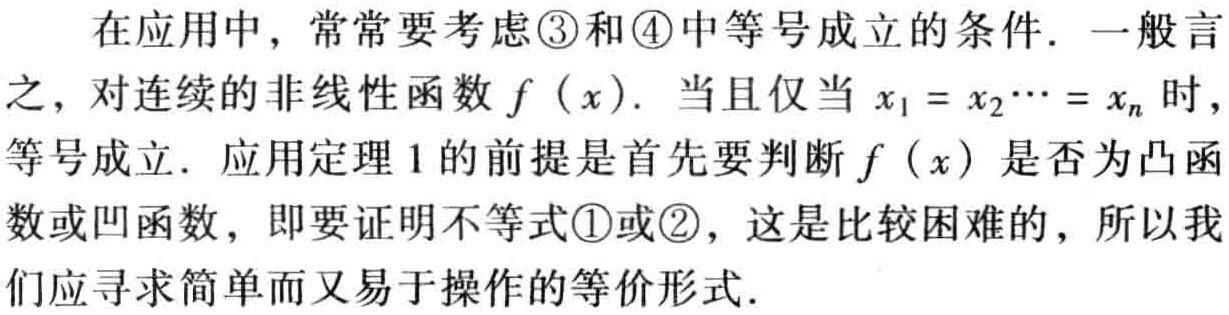
在应用中，常常要考虑\textcircled{3}和\textcircled{4}中等号成立的条件. 一般言之，对连续的非线性函数\(f(x)\). 当且仅当\(x_1 = x_2\cdots = x_n\)时，等号成立. 应用定理1的前提是首先要判断\(f(x)\)是否为凸函数或凹函数，即要证明不等式\textcircled{1}或\textcircled{2}，这是比较困难的，所以我们应寻求简单而又易于操作的等价形式.